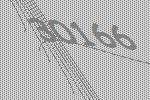
30166